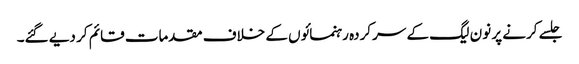
جلسے کرنے پر نون لیگ کے سرکردہ رہنمائوں کے خلاف مقدمات قائم کر دیے گئے۔